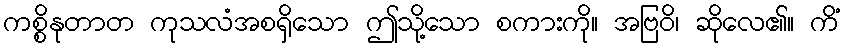
ကစ္စိနုတာတ ကုသလံအစရှိသော ဤသို့သော စကားကို။ အဗြဝိ၊ ဆိုလေ၏။ ကိံ